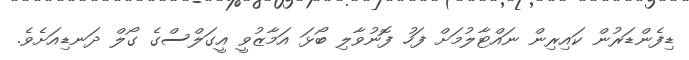
ޑިފެންޑަރުން ކައިރިން ނައްޓާލުމަށް ފަހު ފޮނުވާލި ބޯޅަ އަމާޒުވީ އީގަލްސްގެ ގޯލް ދަނޑިއަށެވެ.